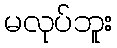
မလုပ်ဘူး